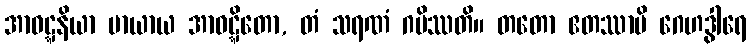
အာဝဋ္ဋနိယာ မာယာယ အာဝဋ္ဋိတော, တံ သရဏံ ဂမိဿတိ။ တတော ဧတဿာပိ ဂေဟဒွါရေ